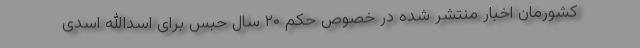
کشورمان اخبار منتشر شده در خصوص حکم ۲۰ سال حبس برای اسدالله اسدی